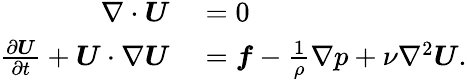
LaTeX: \begin{array}{rl}{\nabla\cdot\boldsymbol{U}}&{{}=0}\\ {\frac{\partial\boldsymbol{U}}{\partial t}+\boldsymbol{U}\cdot\nabla\boldsymbol{U}}&{{}=\boldsymbol{f}-\frac{1}{\rho}\nabla p+\nu\nabla^{2}\boldsymbol{U}.}\end{array}